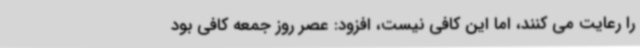
را رعایت می کنند، اما این کافی نیست، افزود: عصر روز جمعه کافی بود